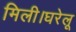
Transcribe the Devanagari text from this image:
मिली।घरेलू